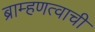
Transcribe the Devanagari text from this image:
ब्राम्हणत्वाची